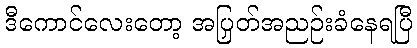
ဒီကောင်လေးတော့ အပြတ်အညှဉ်းခံနေရပြီ